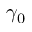
\gamma _ { 0 }